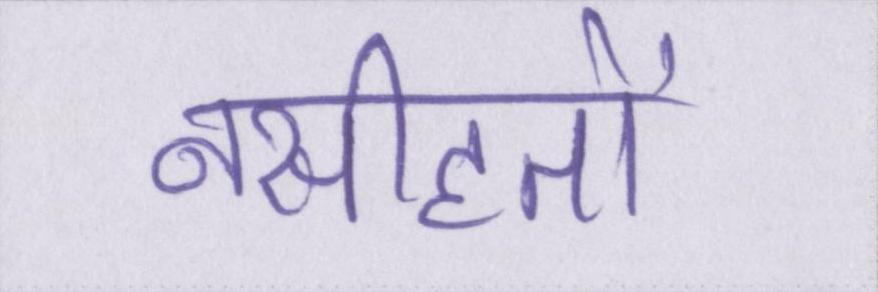
नसीहतों